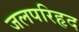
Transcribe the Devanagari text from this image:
जलपरिहृद